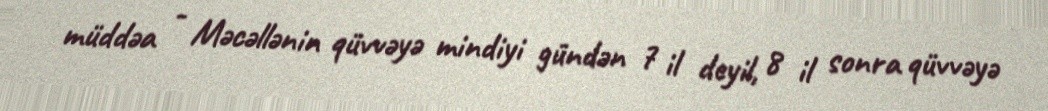
müddəa - Məcəllənin qüvvəyə mindiyi gündən 7 il deyil, 8 il sonra qüvvəyə